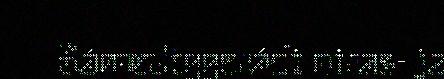
Sámediggeráđi biras- ja